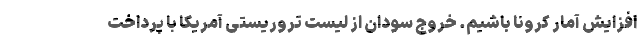
افزایش آمار کرونا باشیم. خروج سودان از لیست تروریستی آمریکا با پرداخت